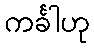
ကင်္ခါဟု